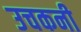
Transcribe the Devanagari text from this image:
उचकनी